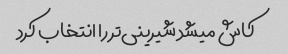
کاش میشد شیرینی‌تر را انتخاب کرد